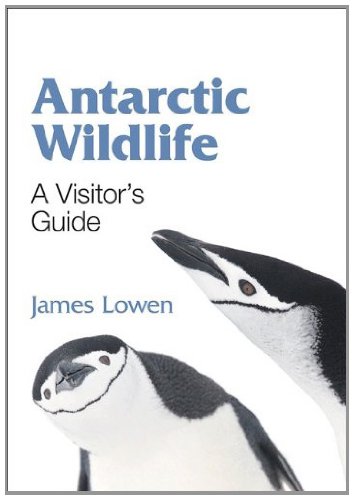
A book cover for Antarctic Wildlife: A Visitor's Guide (WILDGuides); James Lowen; Sports & Outdoors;